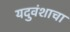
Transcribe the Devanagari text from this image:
यदुवंशाचा